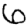
Digit: 6